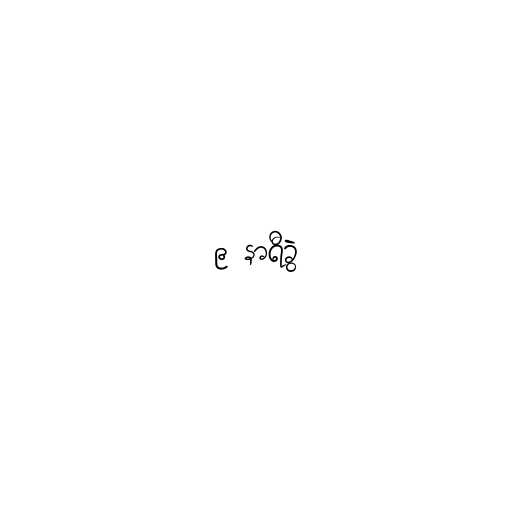
၉ နာရီခွဲ